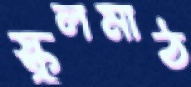
স্কুলমাঠ